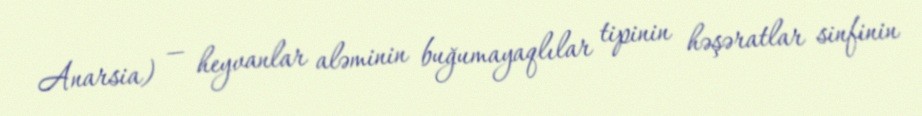
Anarsia) — heyvanlar aləminin buğumayaqlılar tipinin həşəratlar sinfinin